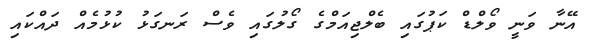
އޭނާ ވަނީ ވޯލްޑް ކަޕުގައި ބެލްޖިއަމްގެ ގޯލުގައި ވެސް ރަނގަޅު ކުޅުމެއް ދައްކައި